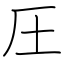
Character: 圧